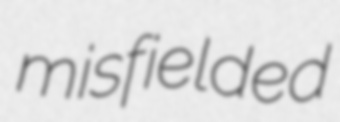
misfielded